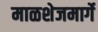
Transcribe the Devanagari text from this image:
माळशेजमार्गे